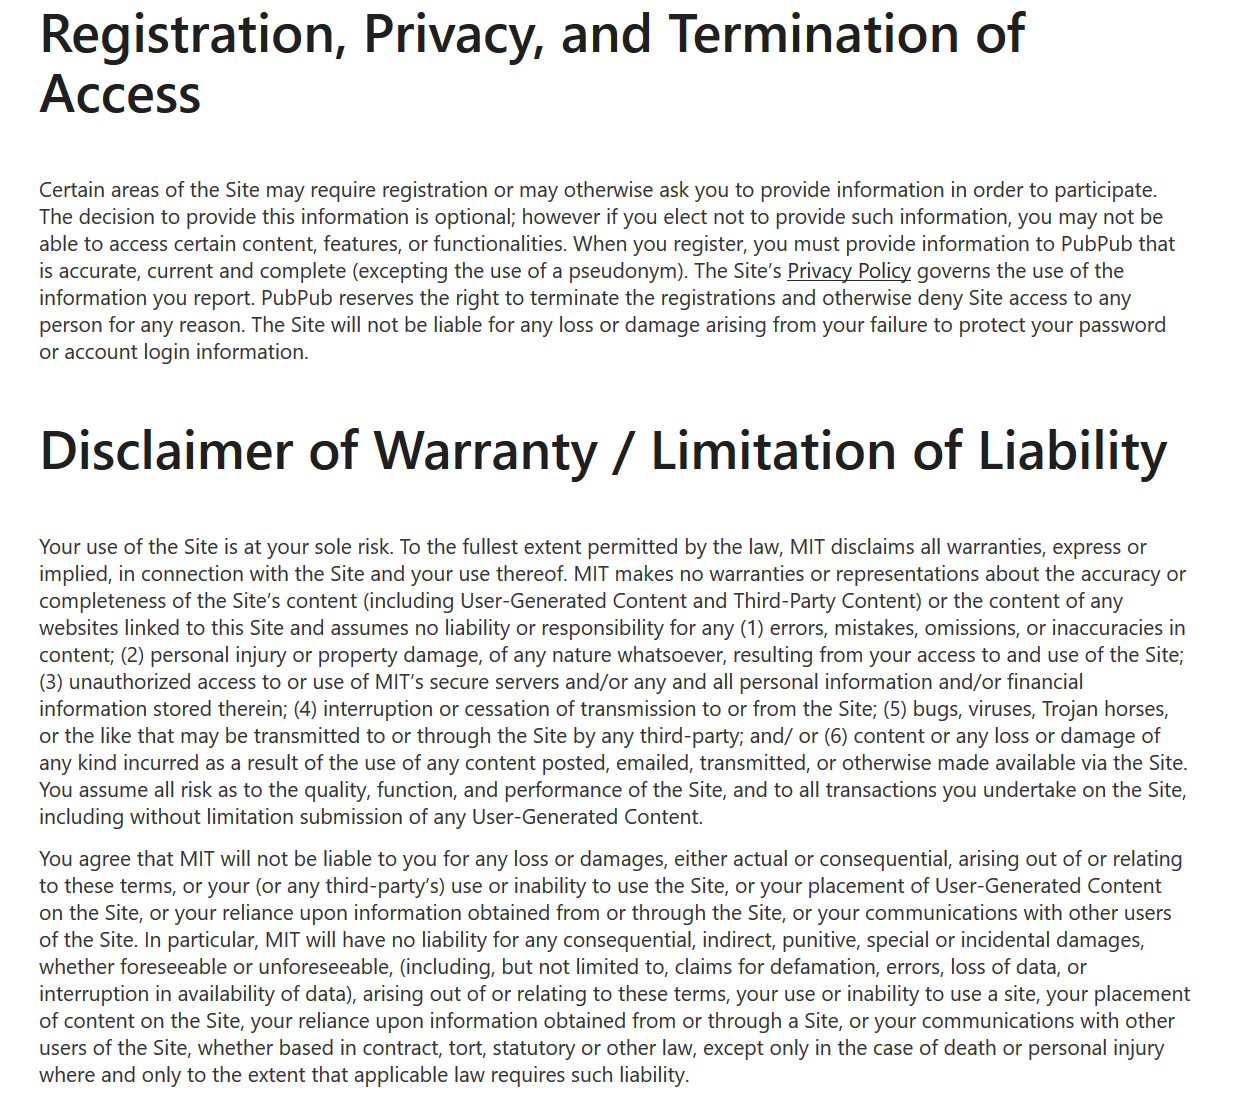
Registration,    Privacy,    and    Termination    of
    Access
    Certain areas of the Site may require registration or may otherwise ask you to provide information in order to participate.
    The decision to provide this information is optional; however if you elect not to provide such information, you may not be
    able to access certain content, features, or functionalities. When you register, you must provide information to PubPub that
    is accurate, current and complete (excepting the use of a pseudonym). The Site's Privacy Policy governs the use of the
    information you report. PubPub reserves the right to terminate the registrations and otherwise deny Site access to any
    person for any reason. The Site will not be liable for any loss or damage arising from your failure to protect your password
    or account login information.
     Disclaimer    of    Warranty    /   Limitation    of    Liability
    Your use of the Site is at your sole risk. To the fullest extent permitted by the law, MIT disclaims all warranties, express or
    implied, in connection with the Site and your use thereof. MIT makes no warranties or representations about the accuracy or
    completeness of the Site's content (including User-Generated Content and Third-Party Content) or the content of any
    websites linked to this Site and assumes no liability or responsibility for any (1) errors, mistakes, omissions, or inaccuracies in
    content; (2) personal injury or property damage, of any nature whatsoever, resulting from your access to and use of the Site;
    (3) unauthorized access to or use of MIT's secure servers and/or any and all personal information and/or financial
    information stored therein; (4) interruption or cessation of transmission to or from the Site; (5) bugs, viruses, Trojan horses,
    or the like that may be transmitted to or through the Site by any third-party; and/ or (6) content or any loss or damage of
    any kind incurred as a result of the use of any content posted, emailed, transmitted, or otherwise made available via the Site.
    You assume all risk as to the quality, function, and performance of the Site, and to all transactions you undertake on the Site,
    including without limitation submission of any User-Generated Content.
    You agree that MIT will not be liable to you for any loss or damages, either actual or consequential, arising out of or relating
    to these terms, or your (or any third-party’s) use or inability to use the Site, or your placement of User-Generated Content
    on the Site, or your reliance upon information obtained from or through the Site, or your communications with other users
    of the Site. In particular, MIT will have no liability for any consequential, indirect, punitive, special or incidental damages,
    whether foreseeable or unforeseeable, (including, but not limited to, claims for defamation, errors, loss of data, or
    interruption in availability of data), arising out of or relating to these terms, your use or inability to use a site, your placement
    of content on the Site, your reliance upon information obtained from or through a Site, or your communications with other
    users of the Site, whether based in contract, tort, statutory or other law, except only in the case of death or personal injury
    where and only to the extent that applicable law requires such liability.